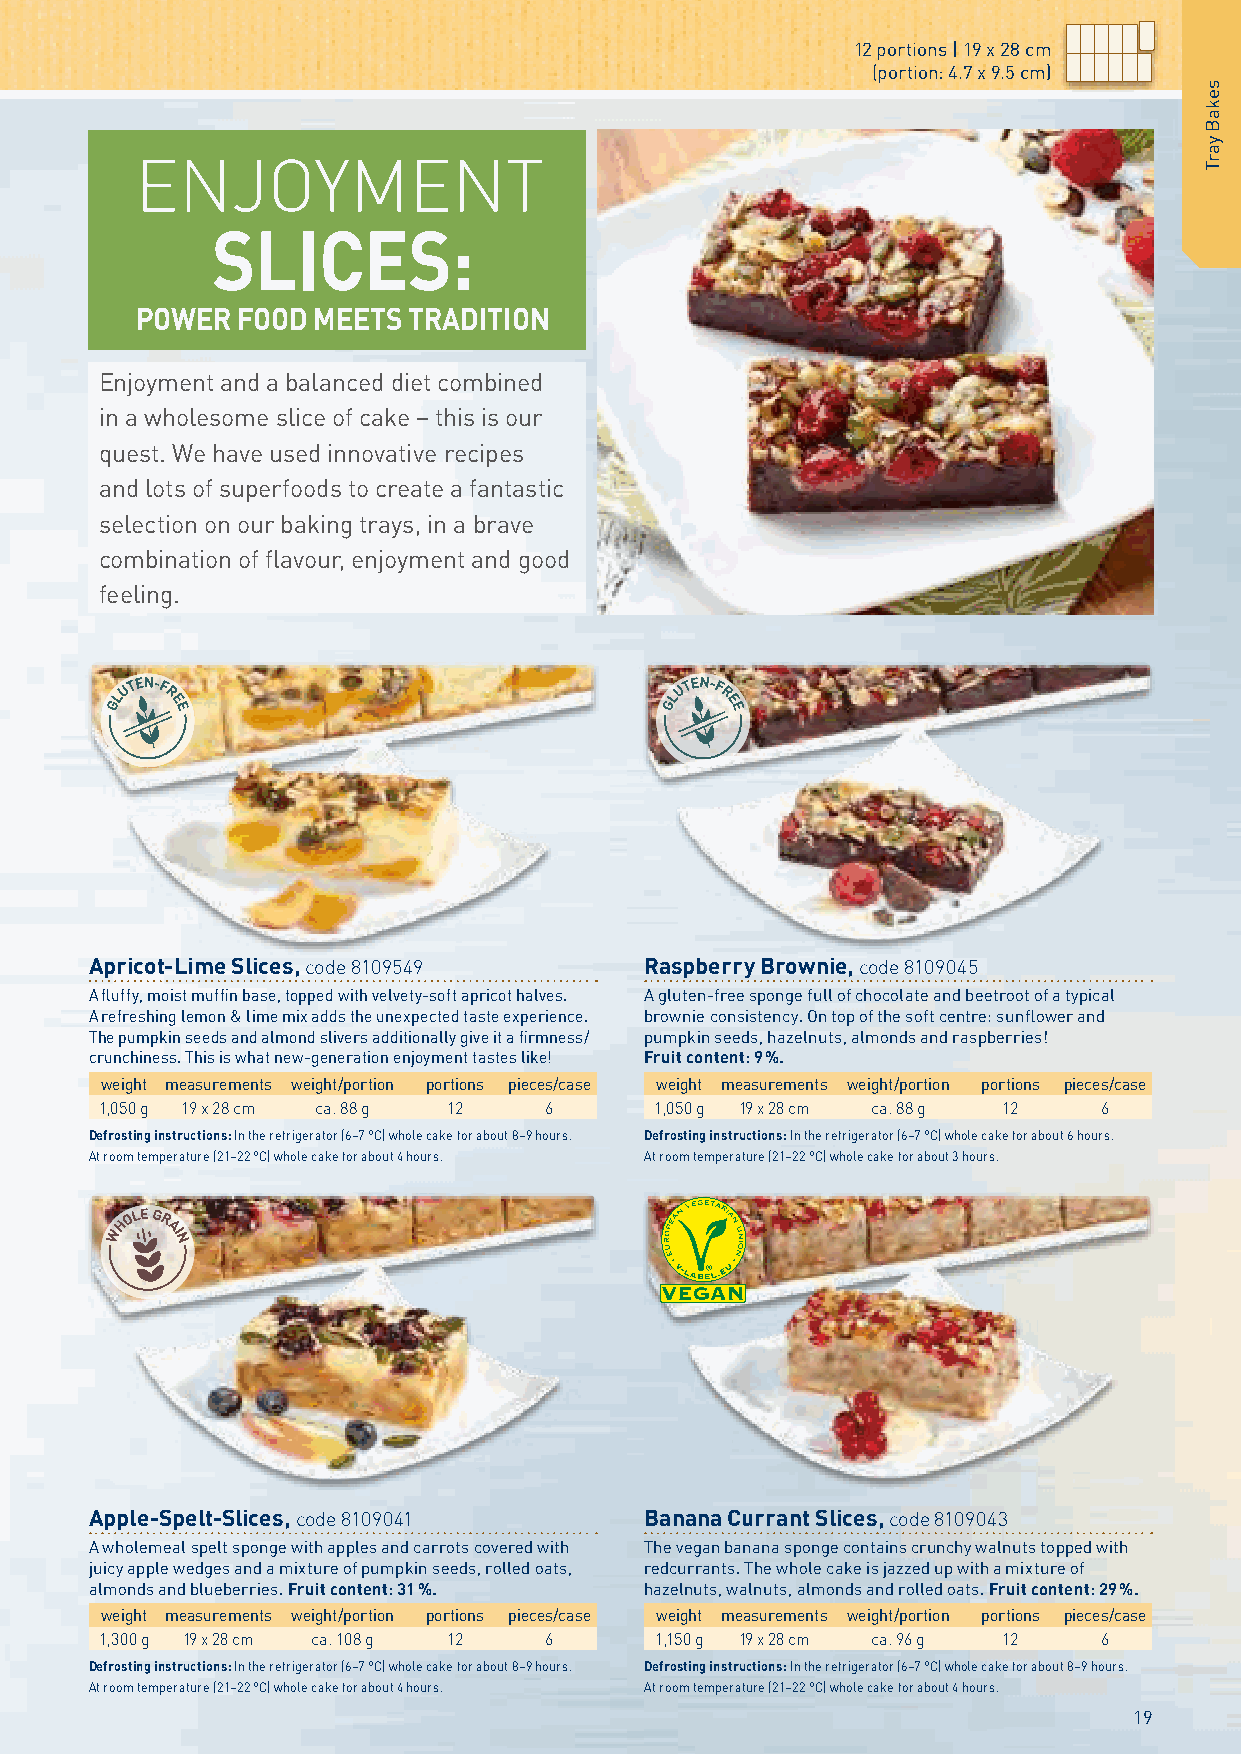
12 portions | 19 x 28 cm
 (portion: 4.7 x 9.5 cm)
 ENJOYMENT
 SLICES:
 POWER  FOOD MEETS TRADITION
 Enjoyment and a balanced diet combined
 in a wholesome slice of cake – this is our
 quest. We have used innovative recipes
 and lots of superfoods to create a fantastic
 selection on our baking trays, in a brave
 combination of flavour, enjoyment and good
 feeling.
 Apricot-Lime Slices, code 8109549    Raspberry Brownie, code 8109045
 A fluffy, moist muffin base, topped with velvety-soft apricot halves. A gluten-free sponge full of chocolate and beetroot of a typical
 A refreshing lemon & lime mix adds the unexpected taste experience. brownie consistency. On top of the soft centre: sunflower and
 The pumpkin seeds and almond slivers additionally give it a firmness/ pumpkin seeds, hazelnuts, almonds and raspberries!
 crunchiness. This is what new-generation enjoyment tastes like! Fruit content: 9 %.
 weight measurements weight/portion portions pieces/case weight measurements weight/portion portions pieces/case
 1,050 g 19 x 28 cm ca. 88 g 12 6    1,050 g 19 x 28 cm ca. 88 g 12 6
 Defrosting instructions: In the refrigerator (6–7 °C) whole cake for about 8–9 hours. Defrosting instructions: In the refrigerator (6–7 °C) whole cake for about 6 hours.
 At room temperature (21–22 °C) whole cake for about 4 hours. At room temperature (21–22 °C) whole cake for about 3 hours.
 Apple-Spelt-Slices, code 8109041     Banana Currant Slices, code 8109043
 A wholemeal spelt sponge with apples and carrots covered with The vegan banana sponge contains crunchy walnuts topped with
 juicy apple wedges and a mixture of pumpkin seeds, rolled oats, redcurrants. The whole cake is jazzed up with a mixture of
 almonds and blueberries. Fruit content: 31 %. hazelnuts, walnuts, almonds and rolled oats. Fruit content: 29 %.
 weight measurements weight/portion portions pieces/case weight measurements weight/portion portions pieces/case
 1,300 g 19 x 28 cm ca. 108 g 12 6   1,150 g 19 x 28 cm ca. 96 g 12 6
 Defrosting instructions: In the refrigerator (6–7 °C) whole cake for about 8–9 hours. Defrosting instructions: In the refrigerator (6–7 °C) whole cake for about 8–9 hours.
 At room temperature (21–22 °C) whole cake for about 4 hours. At room temperature (21–22 °C) whole cake for about 4 hours.
 19
 sekaB
 yarT